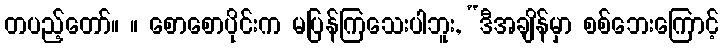
တပည့်တော်။ ။ စောစောပိုင်းက မပြန်ကြသေးပါဘူး, “ဒီအချိန်မှာ စစ်ဘေးကြောင့်